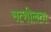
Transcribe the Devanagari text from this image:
सत्शीलता